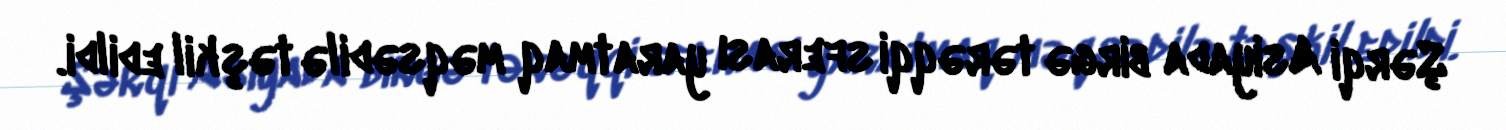
Şərqi Asiyada birgə tərəqqi sferası yaratmaq məqsədilə təşkil edildi.